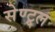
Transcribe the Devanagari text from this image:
सेण्ट्र्ल